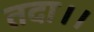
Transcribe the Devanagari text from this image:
तदा।।